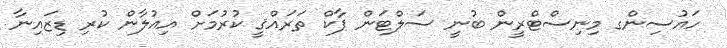
ހައުސިންގ މިނިސްޓްރީން ބުނީ ސަލްޓަން ޕާކް ތަރައްޤީ ކުރުމަށް އިޢުލާން ކުރި ޑިޒައިނާ